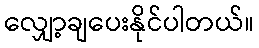
လျှော့ချပေးနိုင်ပါတယ်။